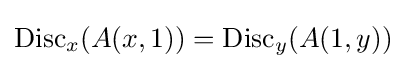
\operatorname {Disc} _{x}(A(x,1))=\operatorname {Disc} _{y}(A(1,y))